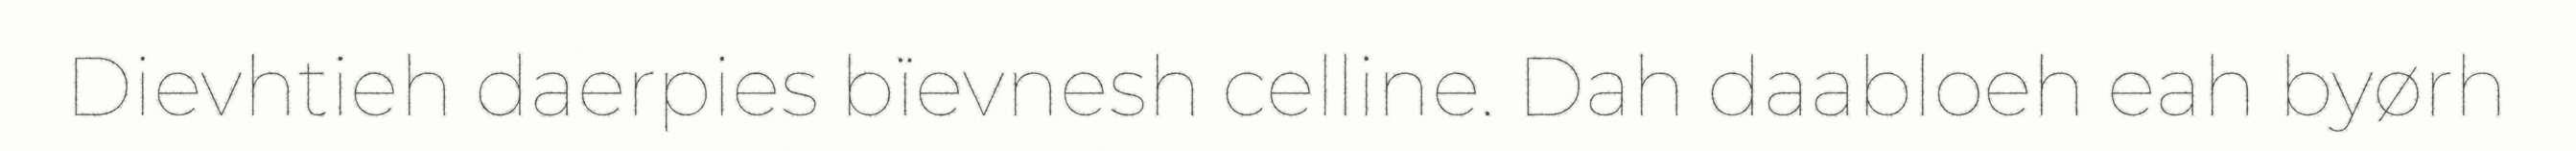
Dievhtieh daerpies bïevnesh celline. Dah daabloeh eah byørh